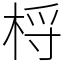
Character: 㭩